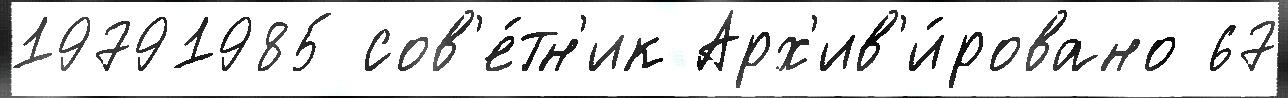
19791985 сов'е́тн'ик Арх'ив'и́ровано 67